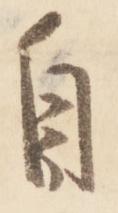
自